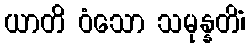
ယာတိ ဝံသော သမုန္နတိံ၊